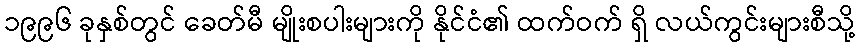
၁၉၉၆ ခုနှစ်တွင် ခေတ်မီ မျိုးစပါးများကို နိုင်ငံ၏ ထက်ဝက် ရှိ လယ်ကွင်းများစီသို့